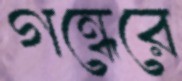
গন্ধেরে